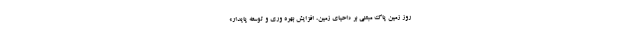
روز زمین پاک مبتنی بر «احیای زمین، افزایش بهره وری و توسعه پایدار»